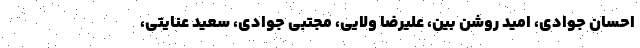
احسان جوادی، امید روشن بین، علیرضا ولایی، مجتبی جوادی، سعید عنایتی،